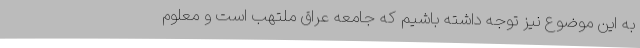
به این موضوع نیز توجه داشته باشیم که جامعه عراق ملتهب است و معلوم